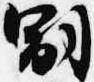
嗣